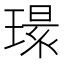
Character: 𱯔